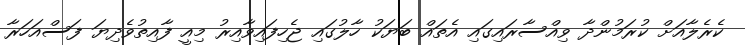
ކެރެލާއަށް ކުރަމުންދާ ވިއްސާރައިގައި އެތައް ބަޔަކު ހާލުގައި ޖެހިފައިވާއިރު މިއީ ފާއިތުވެދިޔަ ފަސްއަހަރާ